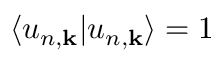
\langle u _ { n , \mathbf { k } } | u _ { n , \mathbf { k } } \rangle = 1